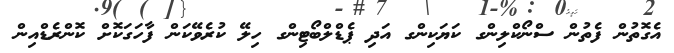
އެގޮތުން ފެތުން ސްނޯކްލިންގ ކަޔަކިންގ އަދި ޕެޑްލްބޯޓިންގ ހިލޭ ކުރެވޭކަން ފާހަގަކޮށް ކޮންރެޑްއިން